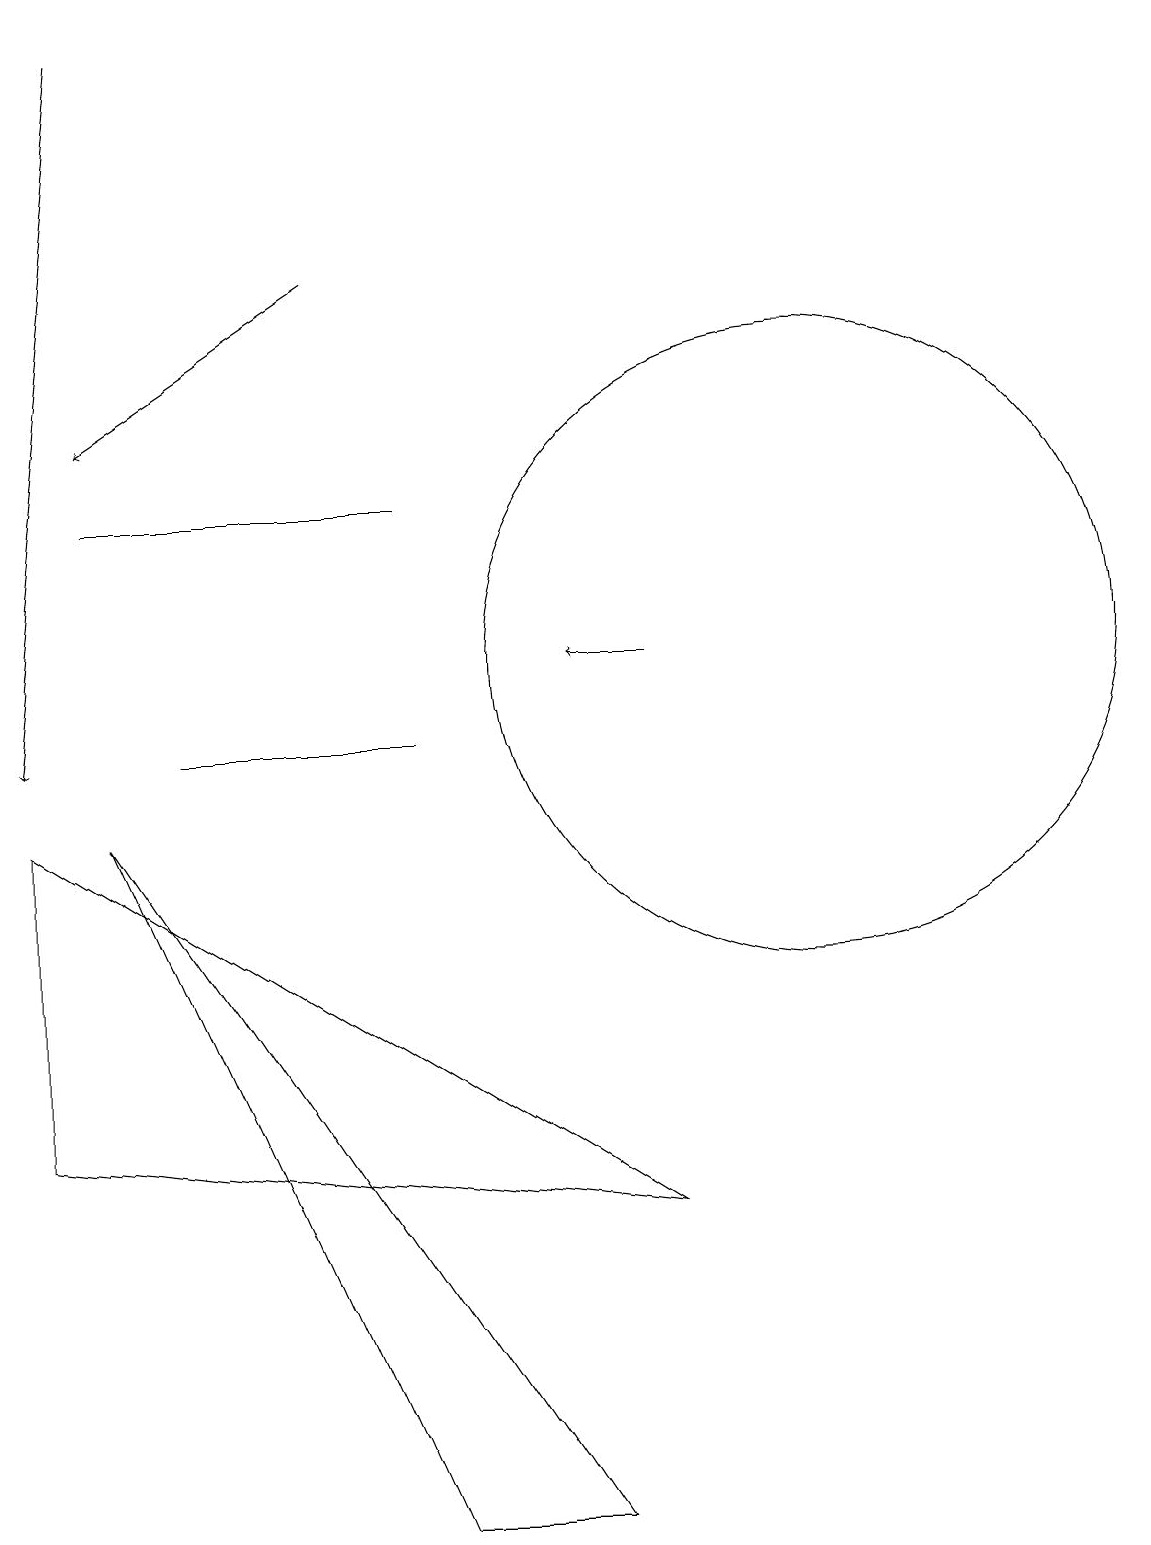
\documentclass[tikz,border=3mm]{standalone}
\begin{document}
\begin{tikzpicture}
\draw (1,5) -- (1,9) -- (9,4) -- cycle;
\draw[->] (5,16) -- (2,14);
\draw (11,11) circle (4);
\draw (2,13) rectangle (6,13);
\draw (6,10) rectangle (3,10);
\draw[->] (9,11) -- (8,11);
\draw (2,9) -- (8,0) -- (6,0) -- cycle;
\draw[->] (2,19) -- (1,10);
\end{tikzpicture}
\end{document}